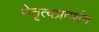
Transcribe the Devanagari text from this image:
नेतृत्वप्रदर्शन